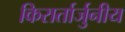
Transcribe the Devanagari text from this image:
किरार्तार्जुनीय